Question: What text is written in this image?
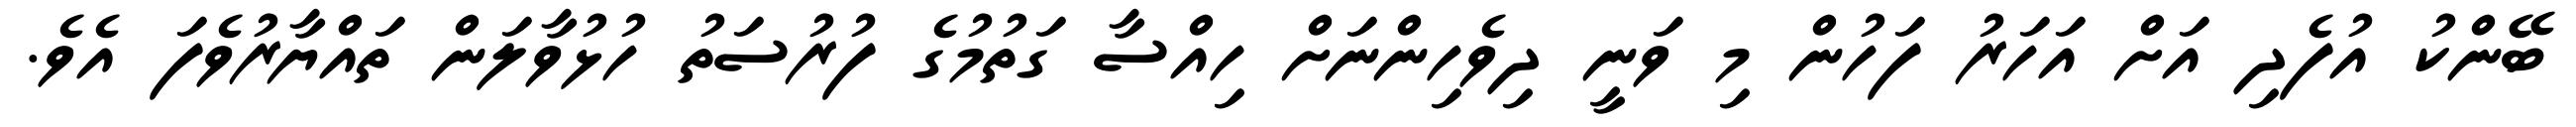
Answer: ބޭންކު އުފެދި އަށް އަހަރު ފަހުން މި ވަނީ ދިވެހިންނަށް ހިއްސާ ގަތުމުގެ ފުރުސަތު ހުޅުވާލަން ތައްޔާރުވެފަ އެވެ.